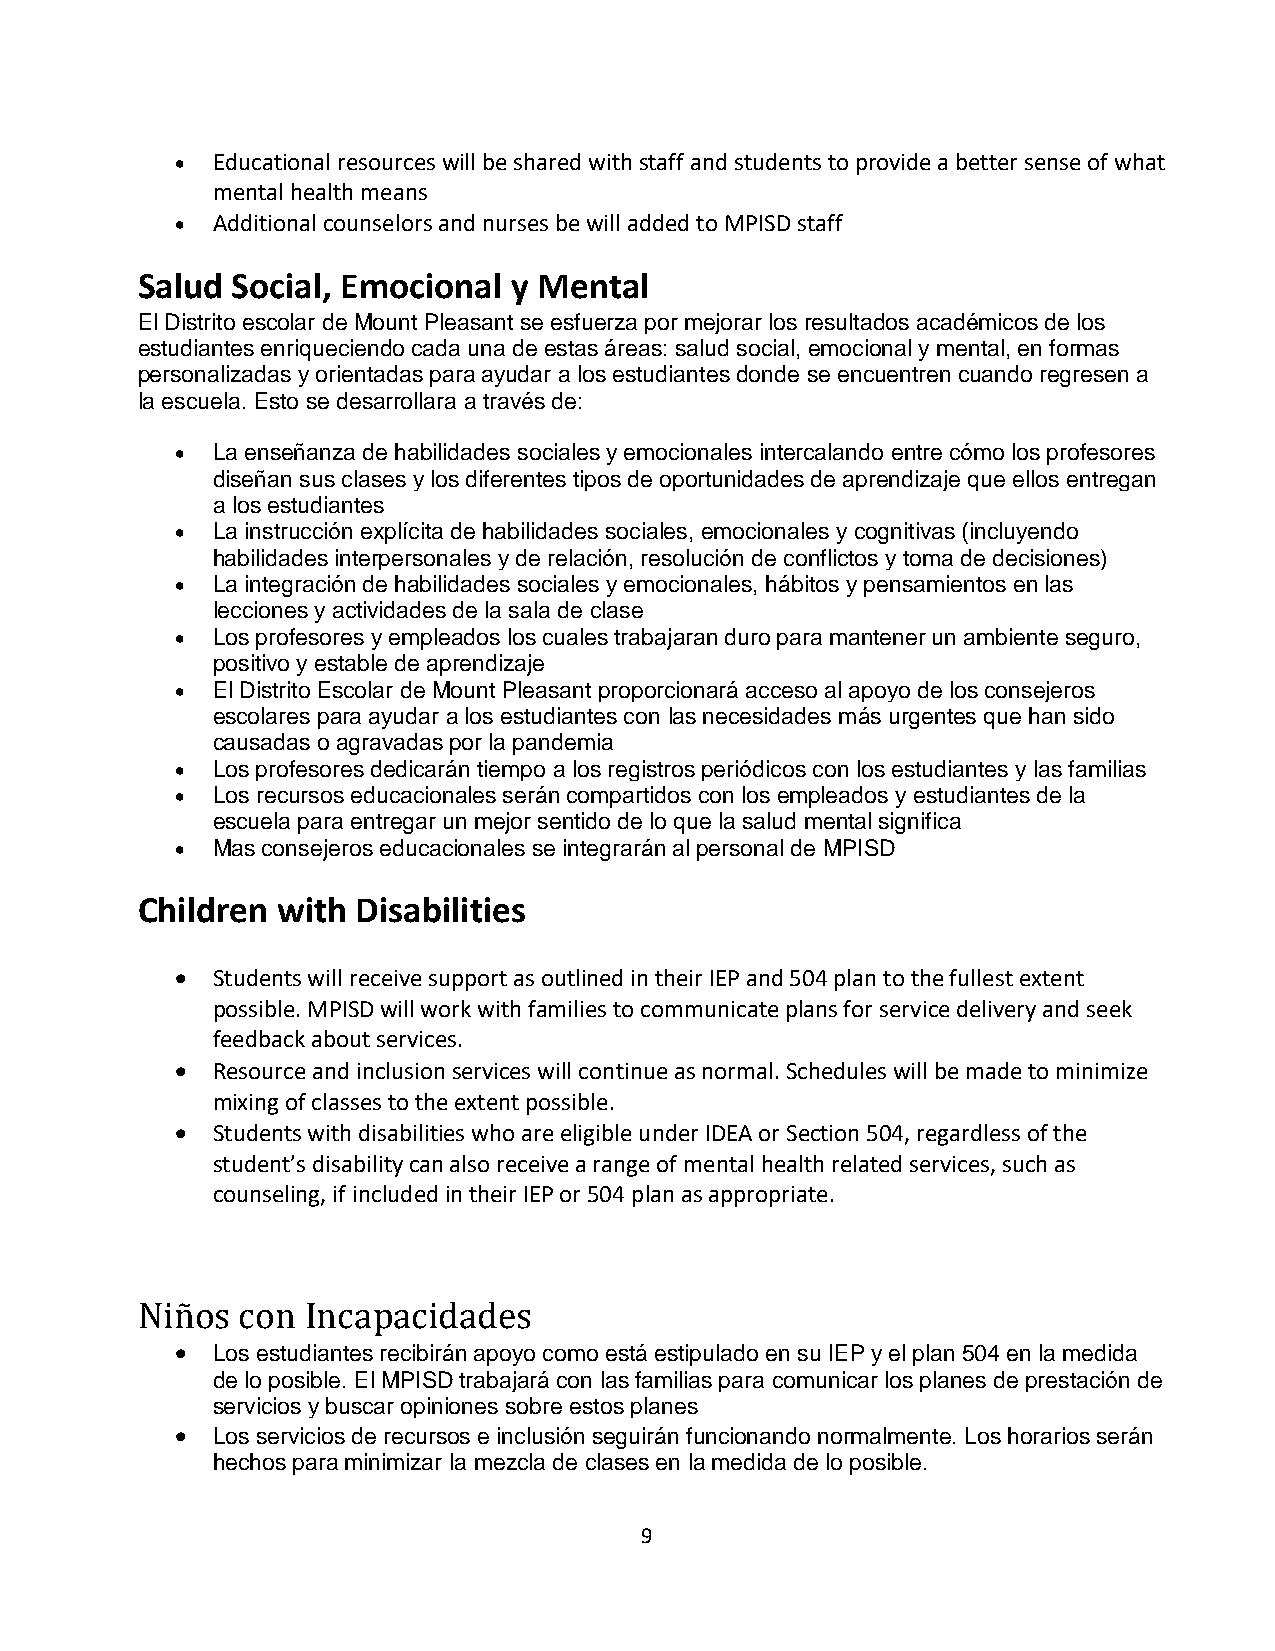
 Educational resources will be shared with staff and students to provide a better sense of what
 mental health means
  Additional counselors and nurses be will added to MPISD staff
 Salud Social, Emocional  y Mental
 El Distrito escolar de Mount Pleasant se esfuerza por mejorar los resultados académicos de los
 estudiantes enriqueciendo cada una de estas áreas: salud social, emocional y mental, en formas
 personalizadas y orientadas para ayudar a los estudiantes donde se encuentren cuando regresen a
 la escuela. Esto se desarrollara a través de:
  La enseñanza de habilidades sociales y emocionales intercalando entre cómo los profesores
 diseñan sus clases y los diferentes tipos de oportunidades de aprendizaje que ellos entregan
 a los estudiantes
  La instrucción explícita de habilidades sociales, emocionales y cognitivas (incluyendo
 habilidades interpersonales y de relación, resolución de conflictos y toma de decisiones)
  La integración de habilidades sociales y emocionales, hábitos y pensamientos en las
 lecciones y actividades de la sala de clase
  Los profesores y empleados los cuales trabajaran duro para mantener un ambiente seguro,
 positivo y estable de aprendizaje
  El Distrito Escolar de Mount Pleasant proporcionará acceso al apoyo de los consejeros
 escolares para ayudar a los estudiantes con las necesidades más urgentes que han sido
 causadas o agravadas por la pandemia
  Los profesores dedicarán tiempo a los registros periódicos con los estudiantes y las familias
  Los recursos educacionales serán compartidos con los empleados y estudiantes de la
 escuela para entregar un mejor sentido de lo que la salud mental significa
  Mas consejeros educacionales se integrarán al personal de MPISD
 Children with  Disabilities
  Students will receive support as outlined in their IEP and 504 plan to the fullest extent
 possible. MPISD will work with families to communicate plans for service delivery and seek
 feedback about services.
  Resource and inclusion services will continue as normal. Schedules will be made to minimize
 mixing of classes to the extent possible.
  Students with disabilities who are eligible under IDEA or Section 504, regardless of the
 student’s disability can also receive a range of mental health related services, such as
 counseling, if included in their IEP or 504 plan as appropriate.
 Niños  con Incapacidades
  Los estudiantes recibirán apoyo como está estipulado en su IEP y el plan 504 en la medida
 de lo posible. El MPISD trabajará con las familias para comunicar los planes de prestación de
 servicios y buscar opiniones sobre estos planes
  Los servicios de recursos e inclusión seguirán funcionando normalmente. Los horarios serán
 hechos para minimizar la mezcla de clases en la medida de lo posible.
 9